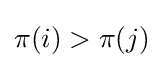
\pi (i)>\pi (j)